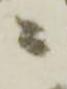
ニ